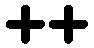
++